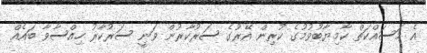
އެ މަސައްކަތް ކާމިޔާބުވުމުގެ ކުރިން އޭރުގެ ސަރުކާރުން ވަނީ ސަރުކާރު ހިއްސާވާ ބައެއް